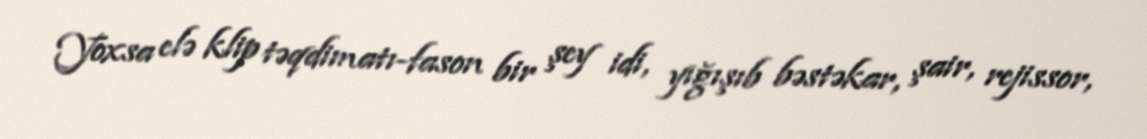
Yoxsa elə klip təqdimatı-fason bir şey idi, yığışıb bəstəkar, şair, rejissor,